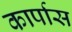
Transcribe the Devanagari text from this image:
कार्पास